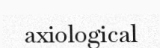
axiological